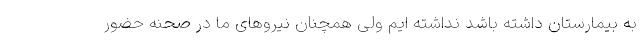
به بیمارستان داشته باشد نداشته ایم ولی همچنان نیروهای ما در صحنه حضور